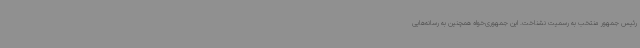
رئیس جمهور منتخب به رسمیت نشناخت. این جمهوری‌خواه همچنین به رسانه‌هایی